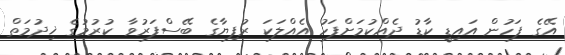
އޭގެ ފަހުން އައިޑީ ކާޑު ދެއްކުމަށްފަހު އެއްލަކަ ރުފިޔާގެ ބޭސްފަރުވާ ކުރުމުގެ ޚިދުމަތް